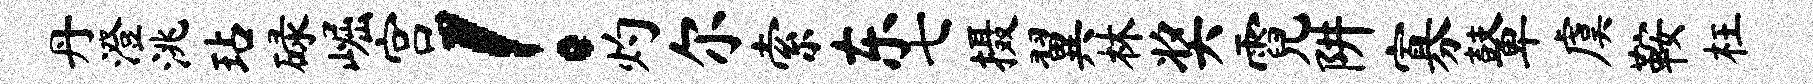
丹澄洮玷碌崛宫！灼尔索东七摄翼林奖霓阱寡鼙虞鞍枉